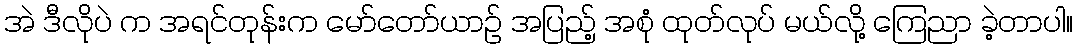
အဲ ဒီလိုပဲ က အရင်တုန်းက မော်တော်ယာဉ် အပြည့် အစုံ ထုတ်လုပ် မယ်လို့ ကြေညာ ခဲ့တာပါ။